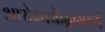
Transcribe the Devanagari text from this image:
आरोग्यकेंद्रामध्ये